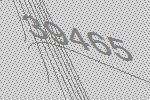
39465